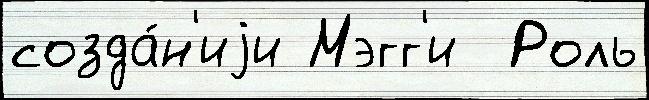
созда́н'иjи Мэгг'и  Роль